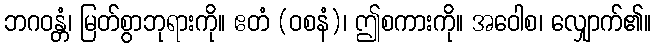
ဘဂဝန္တံ၊ မြတ်စွာဘုရားကို။ ဧတံ (ဝစနံ)၊ ဤစကားကို။ အဝေါစ၊ လျှောက်၏။